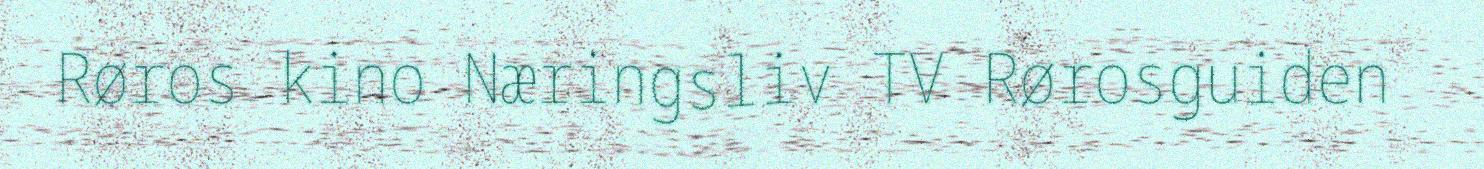
Røros kino Næringsliv TV Rørosguiden